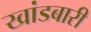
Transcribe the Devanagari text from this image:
खांडबारी